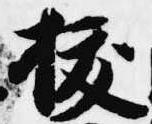
抜